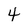
Character: 4